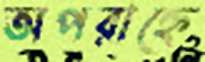
অপরাহ্নে